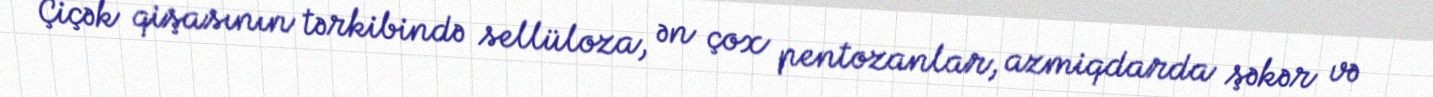
Çiçək qişasının tərkibində sellüloza, ən çox pentozanlar, azmiqdarda şəkər və